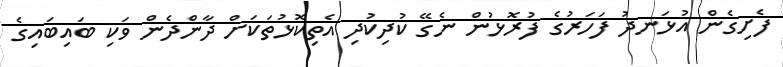
ފެށިގެން އުޅަނދު ފަހަރުގެ ފުރޮޅުން ނެގޭ ކުދިކުދި އެތިކޮޅުތަކަށް ދާންދެން ވަކި ބައިބައިގެ